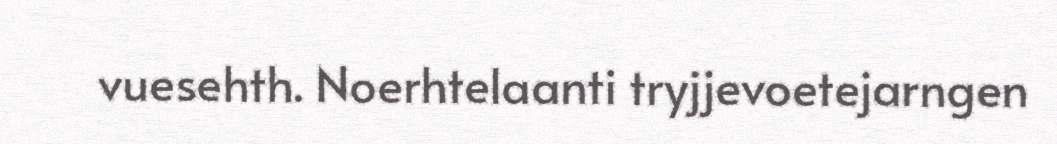
vuesehth. Noerhtelaanti tryjjevoetejarngen